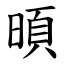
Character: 暊